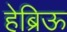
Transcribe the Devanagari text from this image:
हेब्रिऊ